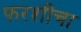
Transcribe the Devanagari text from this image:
फरशीचा